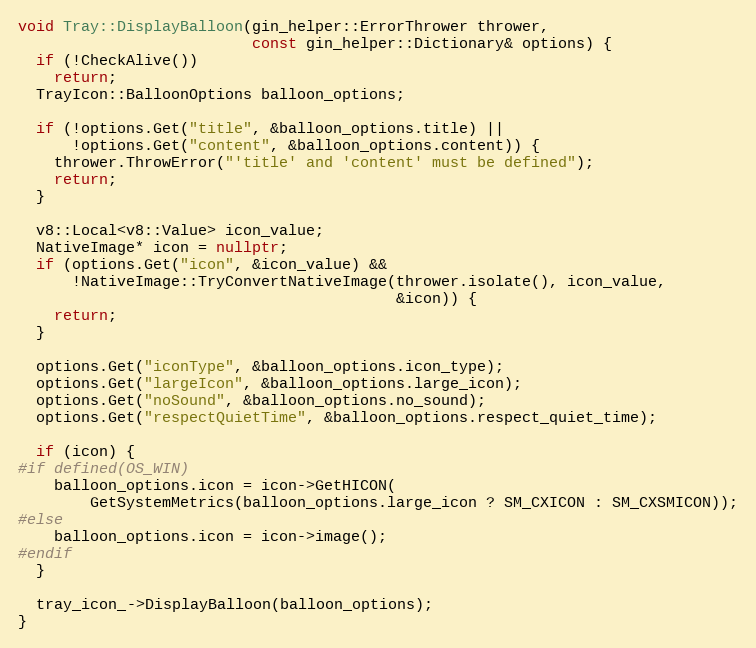
Language: C++
void Tray::DisplayBalloon(gin_helper::ErrorThrower thrower,
                          const gin_helper::Dictionary& options) {
  if (!CheckAlive())
    return;
  TrayIcon::BalloonOptions balloon_options;

  if (!options.Get("title", &balloon_options.title) ||
      !options.Get("content", &balloon_options.content)) {
    thrower.ThrowError("'title' and 'content' must be defined");
    return;
  }

  v8::Local<v8::Value> icon_value;
  NativeImage* icon = nullptr;
  if (options.Get("icon", &icon_value) &&
      !NativeImage::TryConvertNativeImage(thrower.isolate(), icon_value,
                                          &icon)) {
    return;
  }

  options.Get("iconType", &balloon_options.icon_type);
  options.Get("largeIcon", &balloon_options.large_icon);
  options.Get("noSound", &balloon_options.no_sound);
  options.Get("respectQuietTime", &balloon_options.respect_quiet_time);

  if (icon) {
#if defined(OS_WIN)
    balloon_options.icon = icon->GetHICON(
        GetSystemMetrics(balloon_options.large_icon ? SM_CXICON : SM_CXSMICON));
#else
    balloon_options.icon = icon->image();
#endif
  }

  tray_icon_->DisplayBalloon(balloon_options);
}